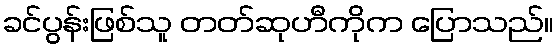
ခင်ပွန်းဖြစ်သူ တတ်ဆုဟီကိုက ပြောသည်။